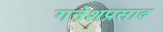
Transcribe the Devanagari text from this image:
गनेशप्रसाद